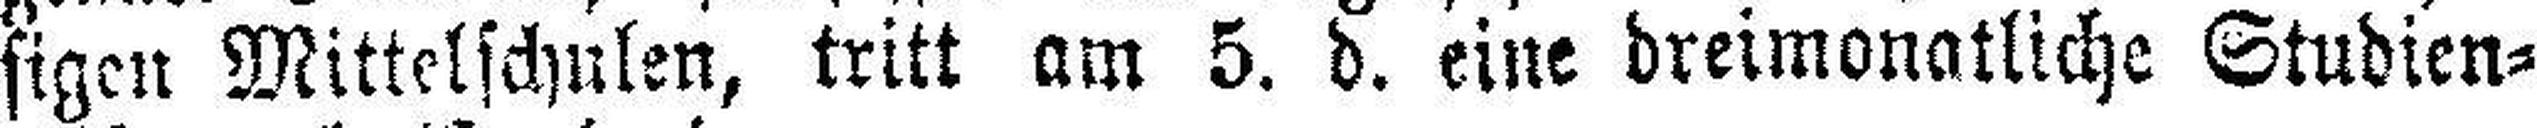
sigen Mittelschulen, tritt am 5. d. eine dreimonatliche Studien¬